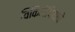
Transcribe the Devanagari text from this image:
विकिमॅपियाचे